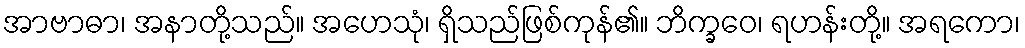
အာဗာဓာ၊ အနာတို့သည်။ အဟေသုံ၊ ရှိသည်ဖြစ်ကုန်၏။ ဘိက္ခဝေ၊ ရဟန်းတို့။ အရကော၊